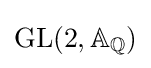
\operatorname {GL} (2,\mathbb {A} _{\mathbb {Q} })